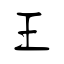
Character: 王